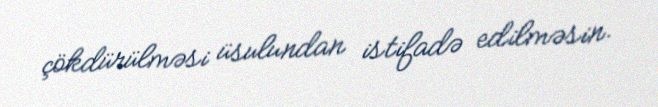
çökdürülməsi üsulundan istifadə edilməsin.